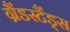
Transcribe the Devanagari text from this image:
ग्रैंडस्टैंड्स